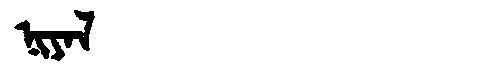
Manchu: ᠨᡳᠶᠠᠯ
Romanization: NIYAL